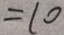
= 1 0